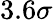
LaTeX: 3.6\sigma